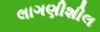
લાગણીશીલ